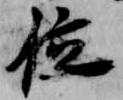
位